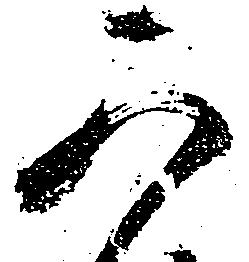
可